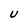
Character: U